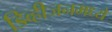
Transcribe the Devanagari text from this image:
डिव्हीजनमध्ये